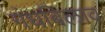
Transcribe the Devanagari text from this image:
गंधबिलाव